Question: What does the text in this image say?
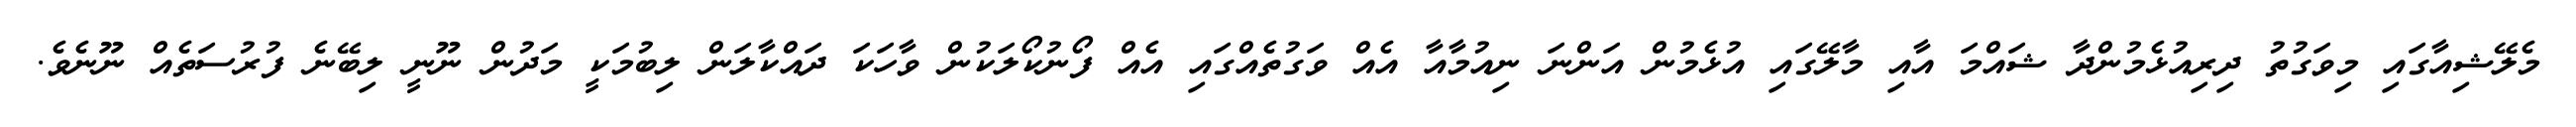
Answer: މެލޭޝިއާގައި މިވަގުތު ދިރިއުޅެމުންދާ ޝައްމަ އާއި މާލޭގައި އުޅެމުން އަންނަ ނިއުމާއާ އެއް ވަގުތެއްގައި އެއް ފޯނުކޯލަކުން ވާހަކަ ދައްކާލަން ލިބުމަކީ މަދުން ނޫނީ ލިބޭނެ ފުރުސަތެއް ނޫނެވެ.